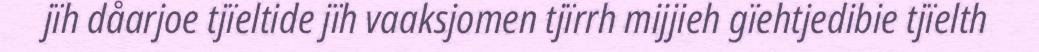
jïh dåarjoe tjïeltide jïh vaaksjomen tjïrrh mijjieh gïehtjedibie tjïelth